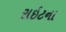
રાઇટના